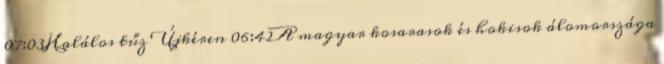
07:03Halálos tűz Újkéren 06:42A magyar kosarasok és hokisok álomországa